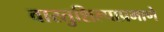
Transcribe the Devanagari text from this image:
वास्तुशिल्पाप्रमाणे